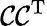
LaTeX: \mathcal{C}\mathcal{C}^{\mathrm{T}}